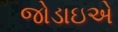
જોડાઇએ